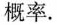
的概率.